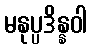
မနုပ္ပဒိန္နဝါ